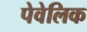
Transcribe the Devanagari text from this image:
पेवेलिक